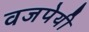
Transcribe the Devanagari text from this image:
वजपेयी